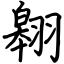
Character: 翱